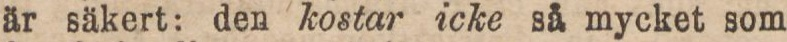
är säkert: den kostar icke så mycket som